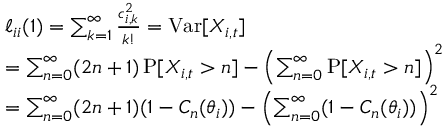
\begin{array} { r l } & { \ell _ { i i } ( 1 ) = \sum _ { k = 1 } ^ { \infty } \frac { c _ { i , k } ^ { 2 } } { k ! } = \operatorname { V a r } [ X _ { i , t } ] } \\ & { = \sum _ { n = 0 } ^ { \infty } ( 2 n + 1 ) \operatorname { P } [ X _ { i , t } > n ] - \left( \sum _ { n = 0 } ^ { \infty } \operatorname { P } [ X _ { i , t } > n ] \right) ^ { 2 } } \\ & { = \sum _ { n = 0 } ^ { \infty } ( 2 n + 1 ) ( 1 - C _ { n } ( \theta _ { i } ) ) - \left( \sum _ { n = 0 } ^ { \infty } ( 1 - C _ { n } ( \theta _ { i } ) ) \right) ^ { 2 } } \end{array}